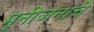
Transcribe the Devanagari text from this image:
मुनीजनांचे